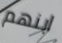
ابنهم